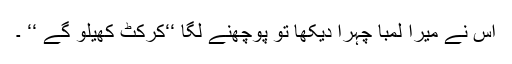
اس نے میرا لمبا چہرا دیکھا تو پوچھنے لگا ‘‘کرکٹ کھیلو گے ‘‘ ۔